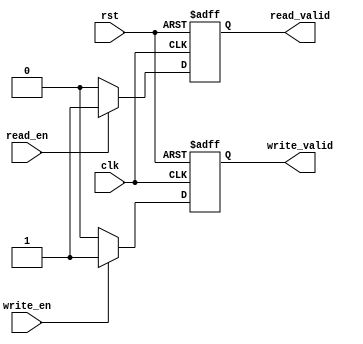
module timing_control (
    input wire clk,                  // Clock signal
    input wire rst,                  // Reset signal
    input wire read_en,              // Read enable signal
    input wire write_en,             // Write enable signal
    output reg read_valid,           // Read valid signal
    output reg write_valid           // Write valid signal
);

// Synchronize read and write enables with clock
always @(posedge clk or posedge rst) begin
    if (rst) begin
        read_valid <= 0;
        write_valid <= 0;
    end else begin
        if (read_en) begin
            read_valid <= 1;
        end else begin
            read_valid <= 0;
        end
        
        if (write_en) begin
            write_valid <= 1;
        end else begin
            write_valid <= 0;
        end
    end
end

endmodule